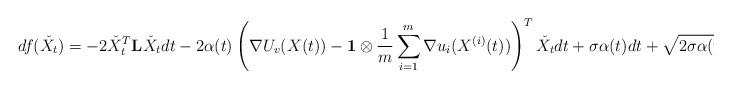
LaTeX: \begin{align*}df(\check{X}_t) = -2\check{X}_t^T \mathbf{L}\check{X}_tdt-2\alpha(t)\left(\nabla U_v(X(t))-\mathbf{1}\otimes\frac{1}{m}\sum_{i=1}^m \nabla u_i(X^{(i)}(t))\right)^T \check{X}_t dt+\sigma\alpha(t) dt+\sqrt{2\sigma\alpha(t)} \check{X}_t^T d\check{B}_t.\end{align*}